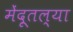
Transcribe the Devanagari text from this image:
मेंदूतल्या